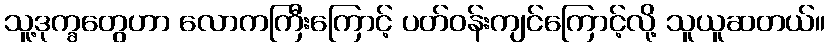
သူ့ဒုက္ခတွေဟာ လောကကြီးကြောင့် ပတ်ဝန်းကျင်ကြောင့်လို့ သူယူဆတယ်။